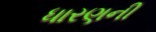
ધારણની